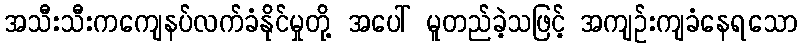
အသီးသီးကကျေနပ်လက်ခံနိုင်မှုတို့ အပေါ် မူတည်ခဲ့သဖြင့် အကျဉ်းကျခံနေရသော